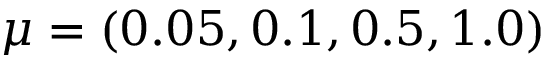
\mu = ( 0 . 0 5 , 0 . 1 , 0 . 5 , 1 . 0 )